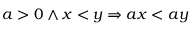
a > 0 \land x < y \Rightarrow a x < a y